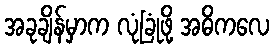
အခုချိန်မှာက လုံခြုံဖို့ အဓိကလေ